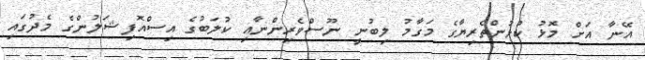
އޭނާ އަށް މޮޅު ކުޅުންތެރިޔާގެ މަގާމު ލިބުނީ ނޫސްވެރިންނާއި ކުލަބުގެ އިސްއޮފިޝަލުންގެ މެދުގައި